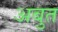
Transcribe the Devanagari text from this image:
अबुत